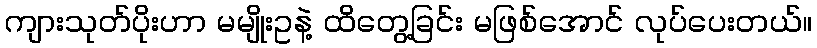
ကျားသုတ်ပိုးဟာ မမျိုးဥနဲ့ ထိတွေ့ခြင်း မဖြစ်အောင် လုပ်ပေးတယ်။